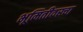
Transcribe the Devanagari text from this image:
भूमितीवरचा